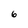
Character: 6